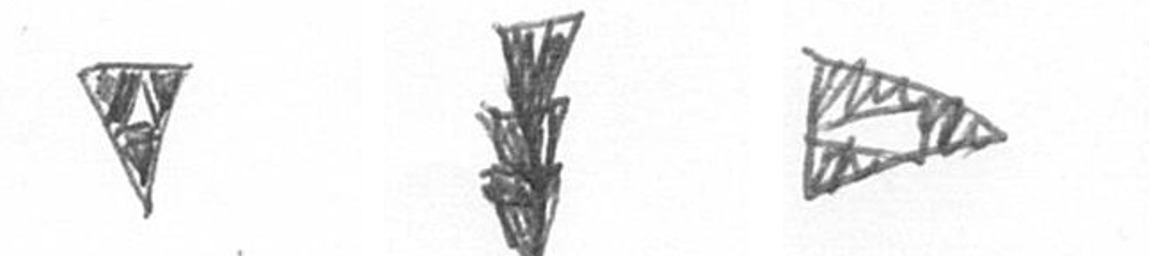
S E K